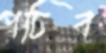
পচিব